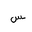
Letter: _sin